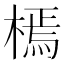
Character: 㯊